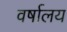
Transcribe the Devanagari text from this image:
वर्षालय